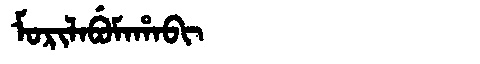
Manchu: ᠮᠣᡵᡳᠯᠠᠪᡠᠮᠠᡥᠠᠪᡳ
Romanization: MORILABUMAHABI